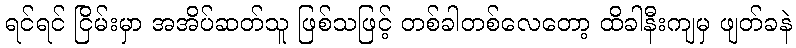
ရင်ရင် ငြိမ်းမှာ အအိပ်ဆတ်သူ ဖြစ်သဖြင့် တစ်ခါတစ်လေတော့ ထိခါနီးကျမှ ဖျတ်ခနဲ